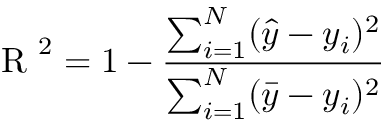
\mathrm { ~ R ~ } ^ { 2 } = 1 - \frac { \sum _ { i = 1 } ^ { N } ( \hat { y } - y _ { i } ) ^ { 2 } } { \sum _ { i = 1 } ^ { N } ( \bar { y } - y _ { i } ) ^ { 2 } }